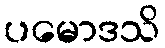
ပမောဒသိ